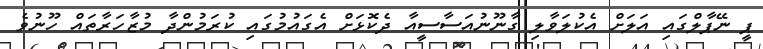
ޕީ ނޭޕާލްގައި އަލަށް އެކުލަވާލި ގާނޫނުއަސާސީއާ ދެކޮޅަށް އެގައުމުގައި ކުރަމުންދާ މުޒާހަރާތައް ހޫނުވެ